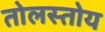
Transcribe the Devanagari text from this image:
तोलस्तोय